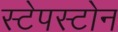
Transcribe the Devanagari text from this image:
स्टेपस्टोन